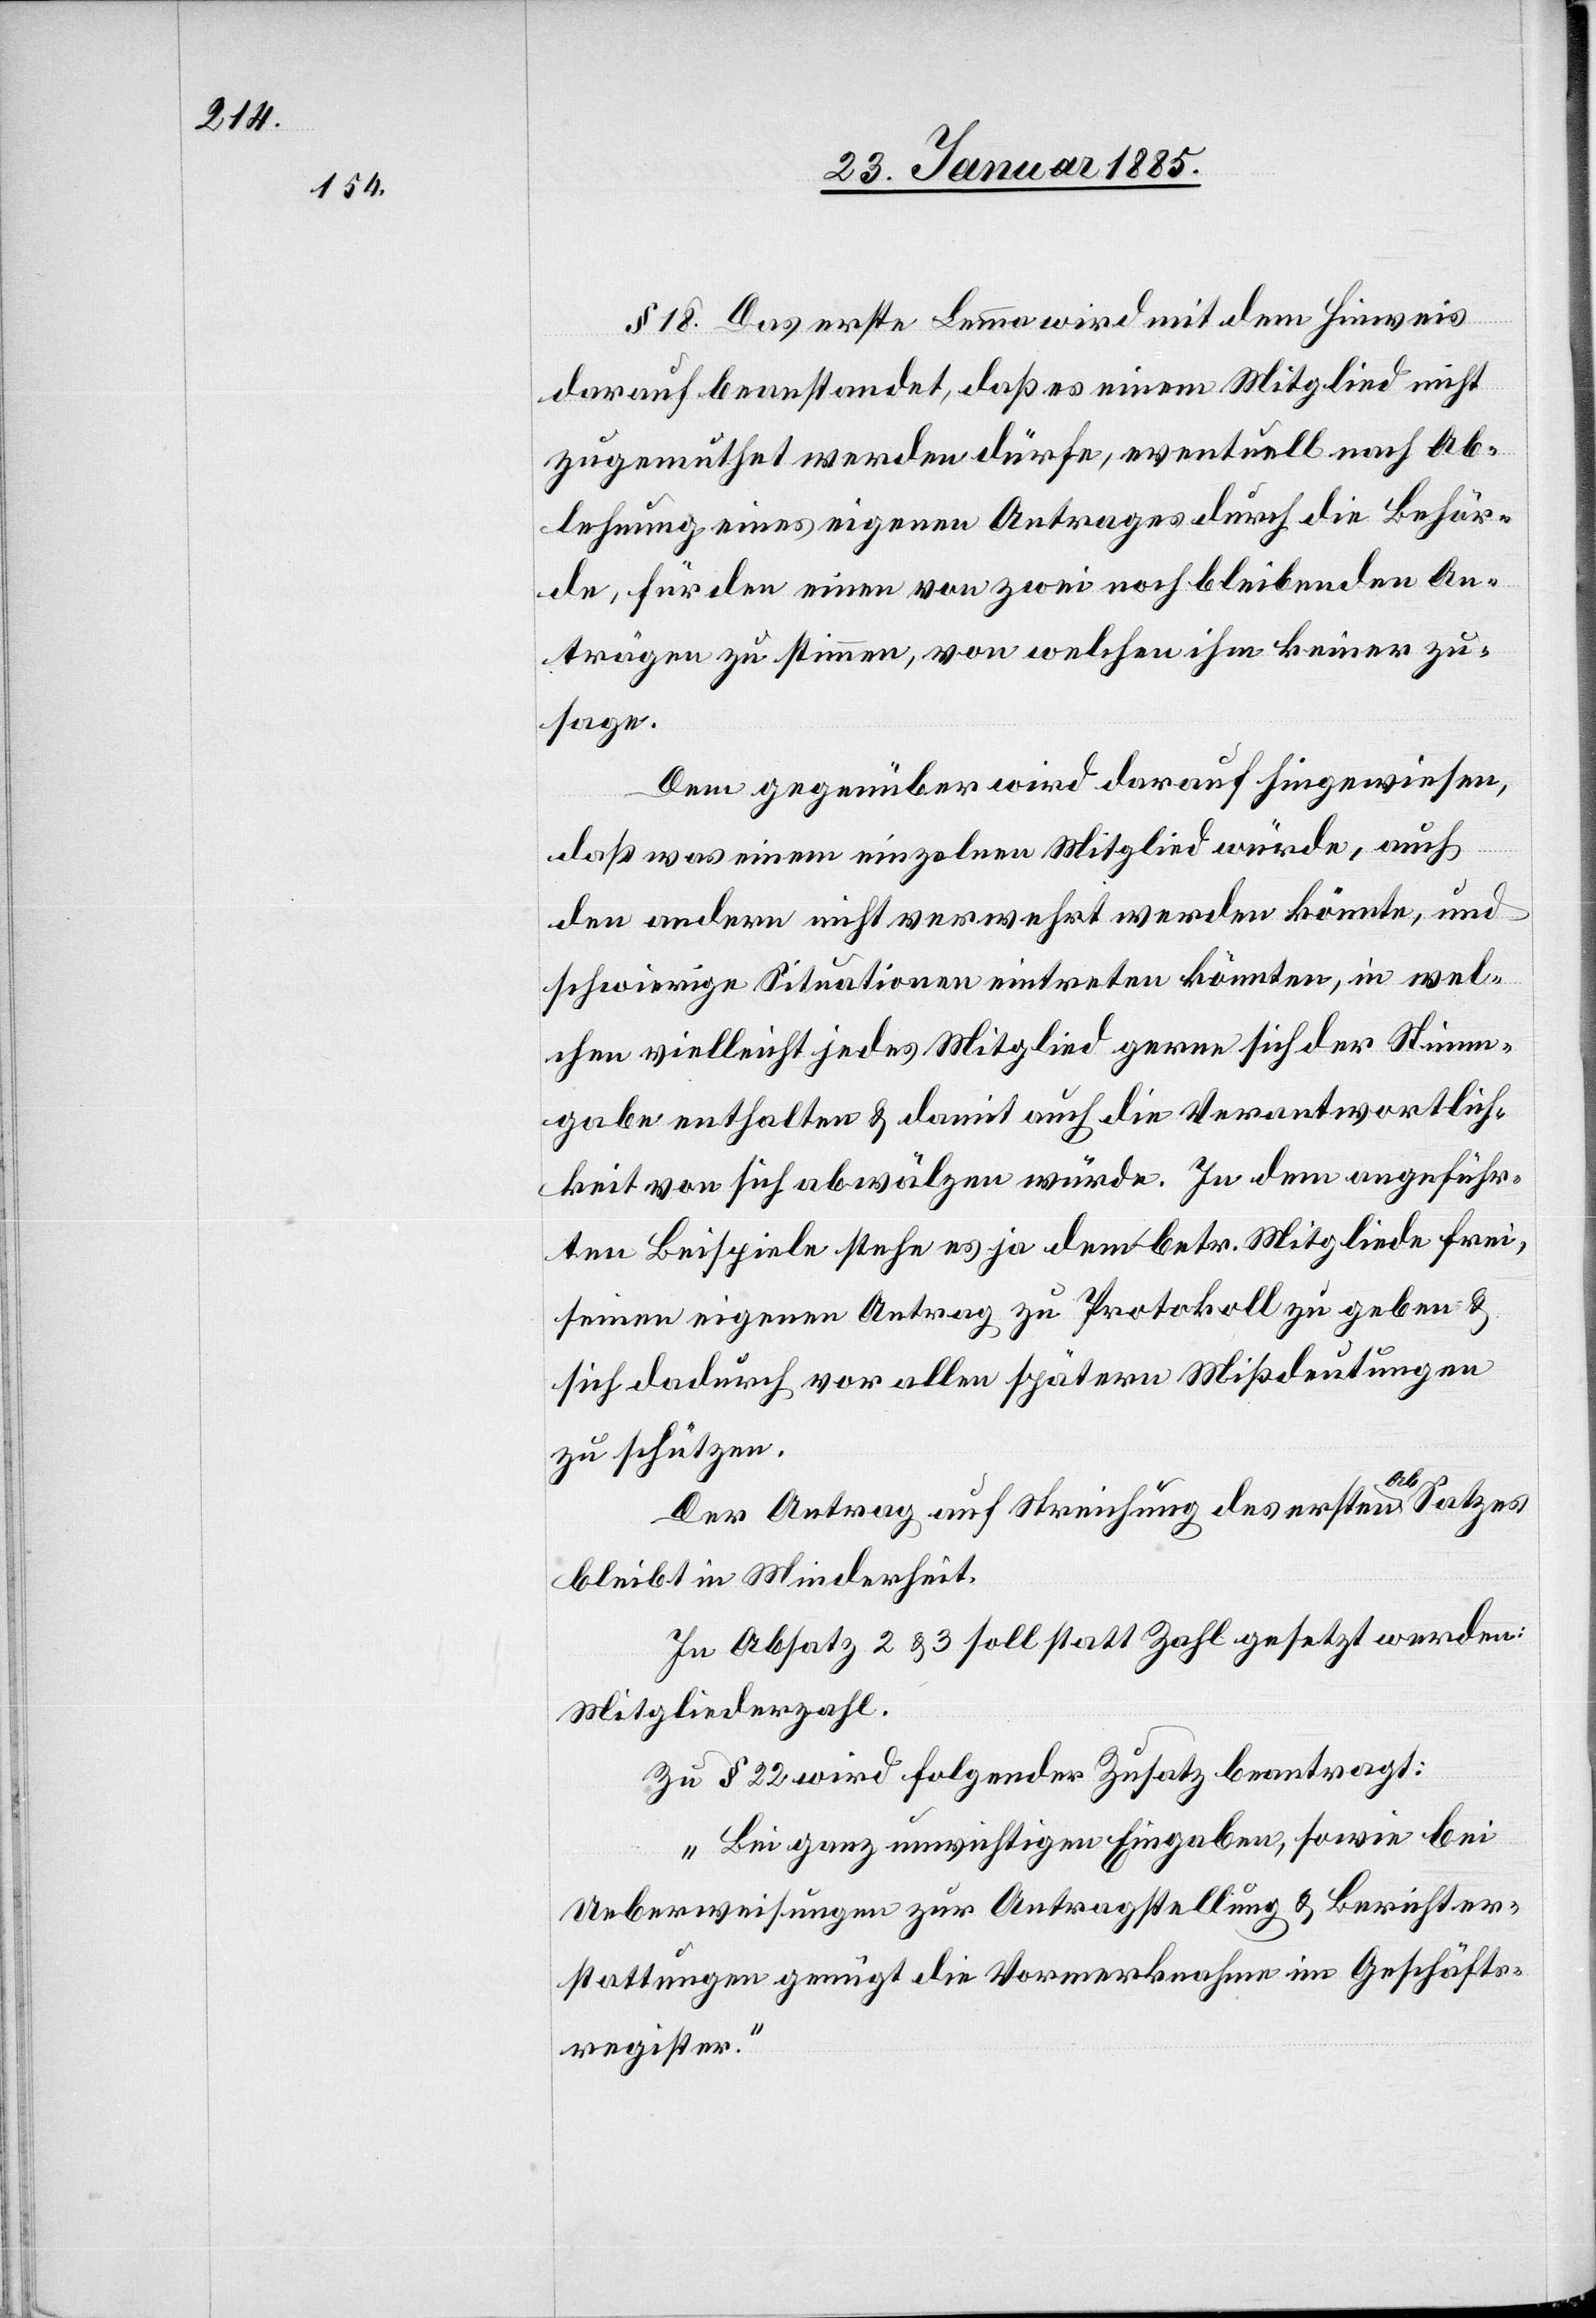
§ 18. Das erste Lemma wird mit dem Hinweis
darauf beanstandet, daß es einem Mitglied nicht
zugemuthet werden dürfe, eventuelle nach Ab¬
lehnung eines eigenen Antrages durch die Behör¬
de, für den einen von zwei noch bleibenden An¬
trägen zu stimmen, von welchen ihm keiner zu¬
sage.
Dem gegenüber wird darauf hingewiesen,
das was einem einzelnen Mitglied würde, auch
den andern nicht verwehrt werden könne, und
schwierige Situationen eintreten könnten, in wel¬
chen vielleicht jedes Mitglied gerne sich der Stimm¬
gabe enthalten & damit auch die Verantwortlich¬
keit von sich abwälzen würde. In dem angeführ¬
ten Beispiele stehe es ja dem betr. Mitgliede frei,
seinen eigenen Antrag zu Protokolle zu geben &
sich dadurch vor allem spätern Mißdeutungen
zu schützen.
Der Antrag auf Streichung des ersten Absatzes
bleibt in Minderheit.
In Absatz 2 & 3 soll statt Zahl gesetzt werden:
Mitgliederzahl.
Zu § 22 wird folgender Zusatz beantragt:
„Bei ganz unwichtigen Eingaben, sowie bei
Ueberweisungen zur Antragstellung & Berichter¬
stattungen genügt die Vormerknahme im Geschäfts¬
register.“